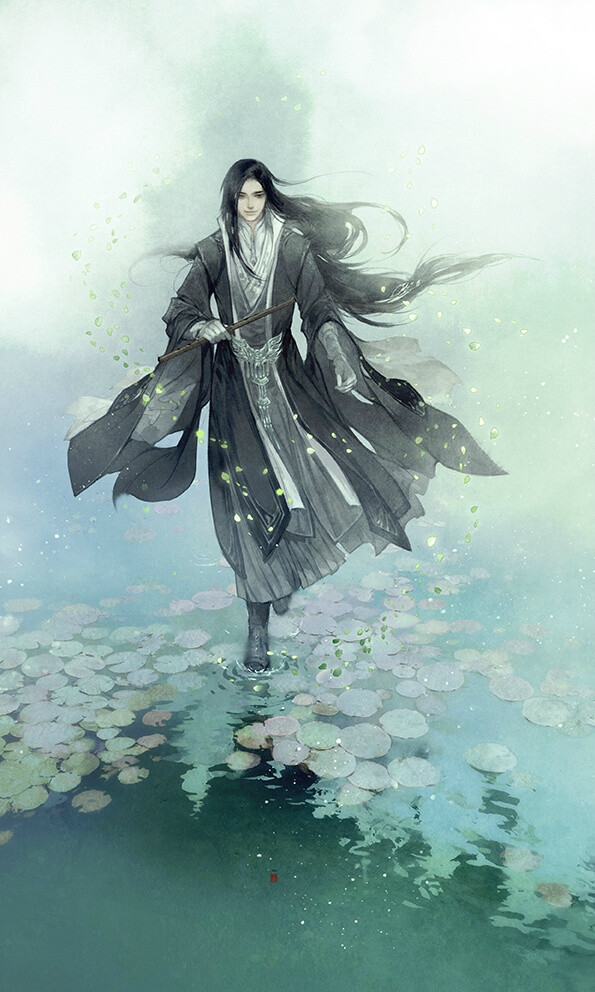
向河梁回头万里，故人长绝。